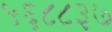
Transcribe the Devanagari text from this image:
५६८८३७